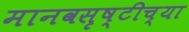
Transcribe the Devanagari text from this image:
मानवसृष्टीच्या